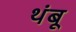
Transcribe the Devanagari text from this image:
थंबू